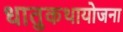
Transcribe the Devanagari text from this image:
धातुकथायोजना